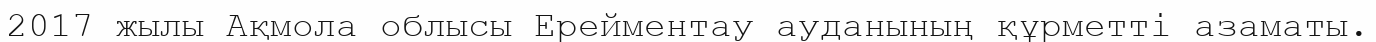
2017 жылы Ақмола облысы Ерейментау ауданының құрметті азаматы.